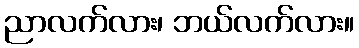
ညာလက်လား၊ ဘယ်လက်လား။